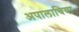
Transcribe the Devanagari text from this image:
अपालाचिया